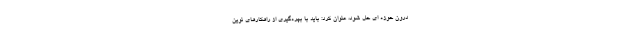
درون حوزه ای حل شود، عنوان کرد: باید با بهره‌گیری از راهکارهای نوین